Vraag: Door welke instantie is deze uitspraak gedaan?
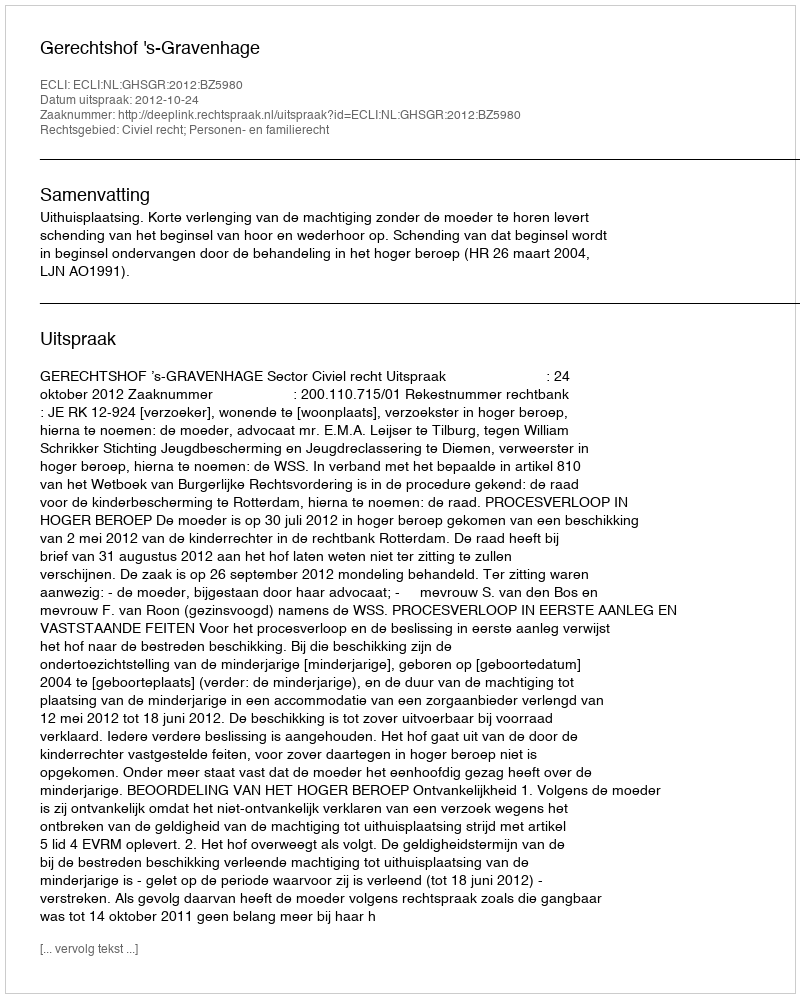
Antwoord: Gerechtshof 's-Gravenhage